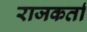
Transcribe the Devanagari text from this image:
राजकर्ता